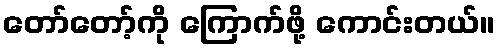
တော်တော့်ကို ကြောက်ဖို့ ကောင်းတယ်။